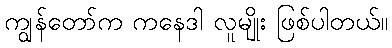
ကျွန်တော်က ကနေဒါ လူမျိုး ဖြစ်ပါတယ်။